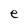
Character: e